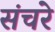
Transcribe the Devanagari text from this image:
संचरे